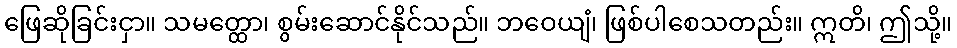
ဖြေဆိုခြင်းငှာ။ သမတ္ထော၊ စွမ်းဆောင်နိုင်သည်။ ဘဝေယျံ၊ ဖြစ်ပါစေသတည်း။ ဣတိ၊ ဤသို့။